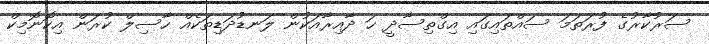
ސަރުކާރުގެ ފުރަތަމަ ސައްތައިގައި އިގްތިސާދީ ހަ ދާއިރާއަކުން ލަނޑުދަޑިތަކެއް ހާސިލް ކުރަން އިކޮނޮމިކް